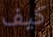
كيف